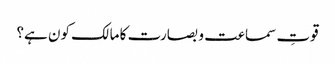
قوتِ سماعت و بصارت کا مالک کون ہے؟